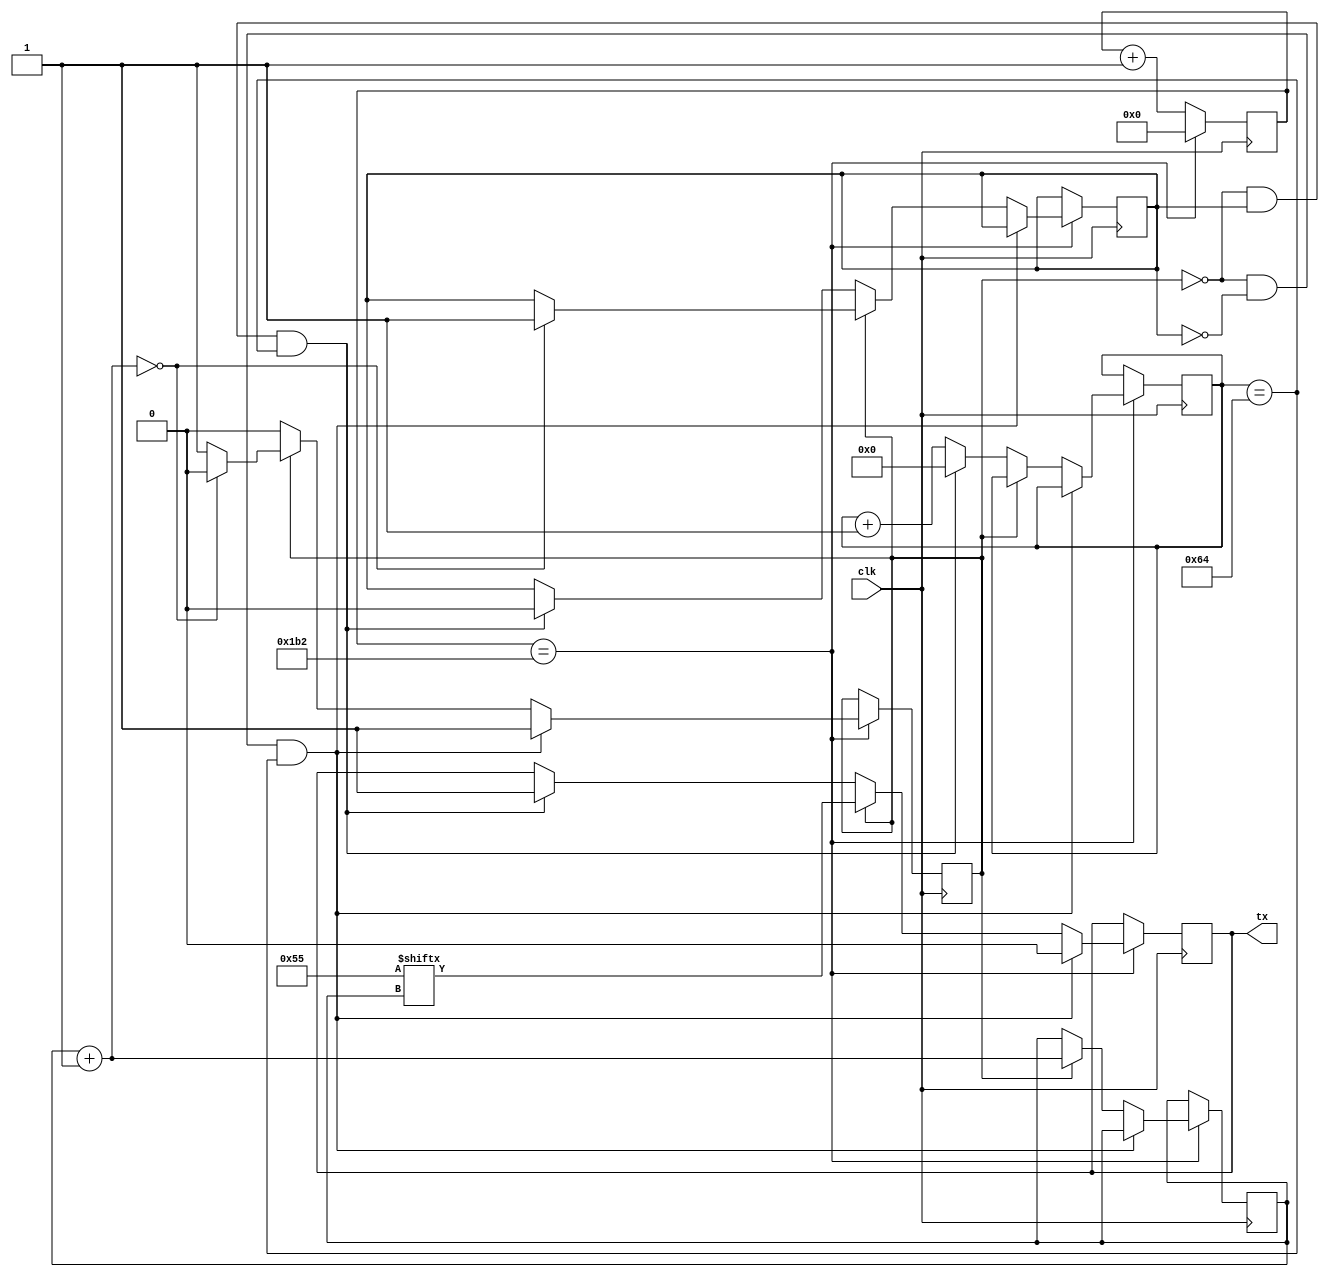
module uart_tx(
	input clk,
	output reg tx
);

reg enable_1 = 1'd0;
reg enable_2 = 1'd0;
reg [2:0] idx = 3'd0;
reg [7:0] byte = 8'b01010101;
reg [8:0] count = 10'd0;
reg [9:0] pause = 10'd0;

always @(posedge clk) begin
	if(count==9'd434) begin
		count = 10'd0;
		if(enable_1==1'd0 && enable_2==1'd0 && pause==10'd100) begin
			tx = 1'd0;
			enable_1 = 1'd1;
		end
		else if(enable_1==1'd1) begin
			tx = byte[idx];
			idx = idx + 3'd1;
			if(idx==3'd0) begin
				enable_1 = 1'd0;
				enable_2 = 1'd1;
			end
		end
		else if(enable_1==1'd0 && enable_2==1'd1 && pause==10'd100) begin
			tx = 1'd1;
			enable_2 = 1'd0;
			pause = 10'd0;
		end
		else begin
			pause = pause + 10'd1;
		end
	end
	else begin
		count = count + 10'd1;
	end
end

endmodule